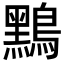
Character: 𪆤